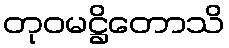
တုဝမဋ္ဌိတောသိ